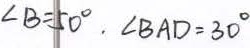
\angle B = 5 0 ^ { \circ } . \angle B A D = 3 0 ^ { \circ }